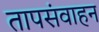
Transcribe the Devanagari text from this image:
तापसंवाहन